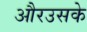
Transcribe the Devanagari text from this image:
औरउसके